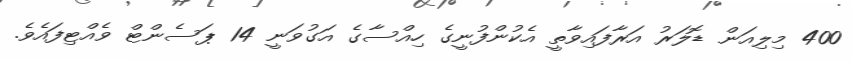
400 މިލިއަން ޑޮލަރު އަރާފައިވާތީ އެކުންފުނީގެ ހިއްސާގެ އަގުވަނީ 14 ޕަސެންޓް ވެއްޓިފައެވެ.